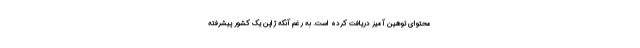
محتوای توهین آمیز دریافت کرده است. به رغم آنکه ژاپن یک کشور پیشرفته